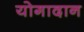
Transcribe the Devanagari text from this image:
योगादान